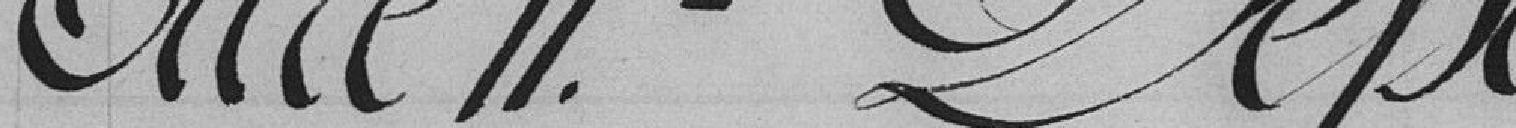
Titre II - Dépenses